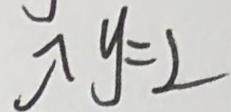
\uparrow y = 2